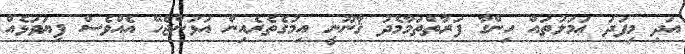
އަދި މިފަދަ ޢަމަލުތައް ހިންގާ ފަރާތްތަމާމެދު ޤާނޫނީ އިމުގެތެރެއިން އަޅަންޖެހޭ އެއްވެސް ފިޔަވަޅެއް